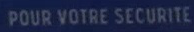
POUR-VOTRE-SECURITE